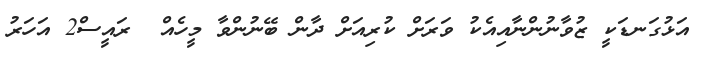
އަޅުގަނޑަކީ ޒުވާނުންނާއިއެކު ވަރަށް ކުރިއަށް ދާން ބޭނުންވާ މީހެއް  ރައީސް2 އަހަރު